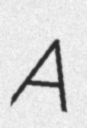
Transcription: A